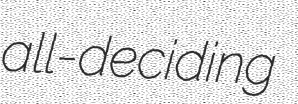
all-deciding